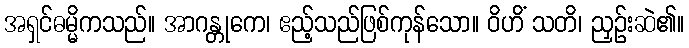
အရှင်ဓမ္မိကသည်။ အာဂန္တုကေ၊ ဧည့်သည်ဖြစ်ကုန်သော။ ဝိဟိံ သတိ၊ ညှဉ်းဆဲ၏။